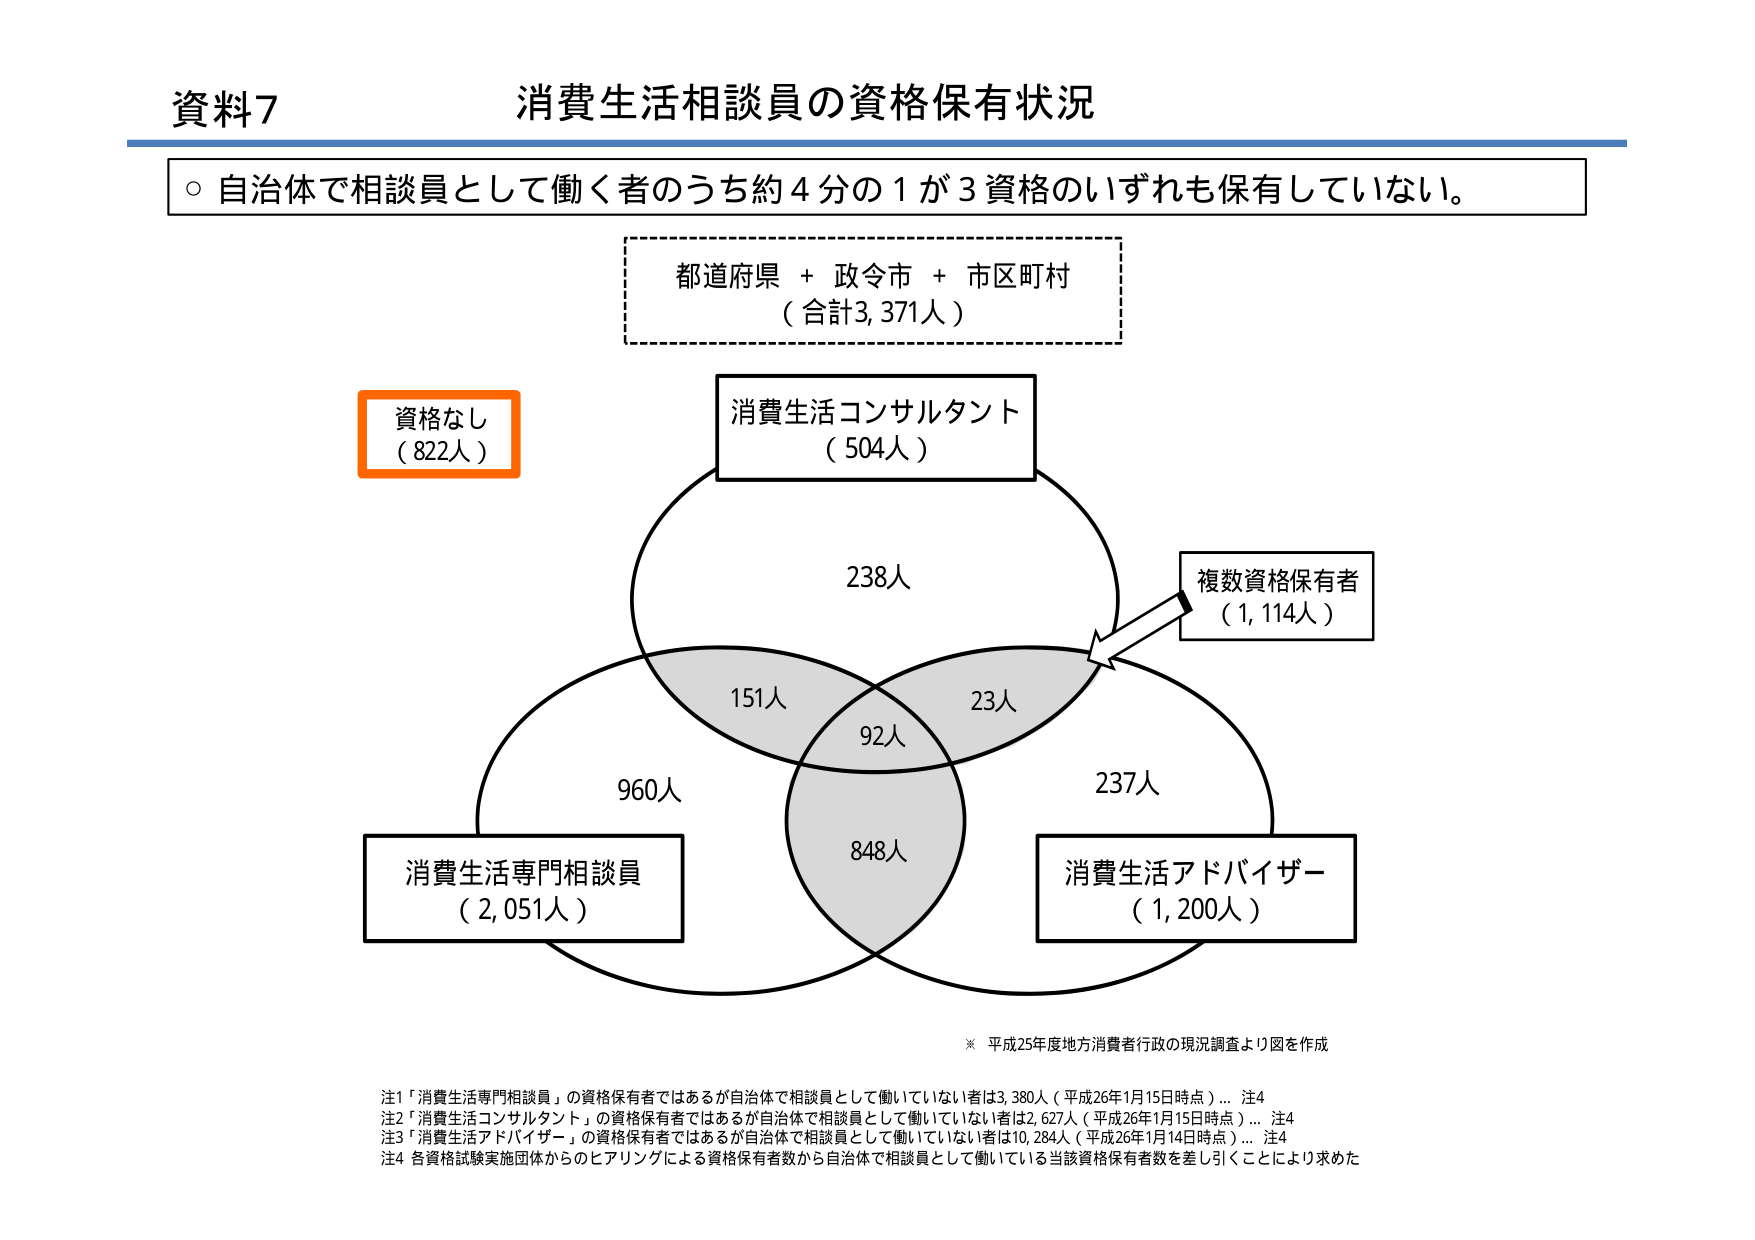
資料7 消費生活相談員の資格保有状況

○ 自治体で相談員として働く者のうち約4分の1が3資格のいずれも保有していない。

都道府県 + 政令市 + 市区町村
（合計3,371人）

資格なし
（822人）

消費生活コンサルタント
（504人）

238人

複数資格保有者
（1,114人）

151人
92人
23人

960人
848人
237人

消費生活専門相談員
（2,051人）

消費生活アドバイザー
（1,200人）

※ 平成25年度地方消費者行政の現況調査より図を作成

注1 「消費生活専門相談員」の資格保有者ではあるが自治体で相談員として働いていない者は3,380人（平成26年1月15日時点）… 注4
注2 「消費生活コンサルタント」の資格保有者ではあるが自治体で相談員として働いていない者は2,627人（平成26年1月15日時点）… 注4
注3 「消費生活アドバイザー」の資格保有者ではあるが自治体で相談員として働いていない者は10,284人（平成26年1月14日時点）… 注4
注4 各資格試験実施団体からのヒアリングによる資格保有者数から自治体で相談員として働いている当該資格保有者数を差し引くことにより求めた